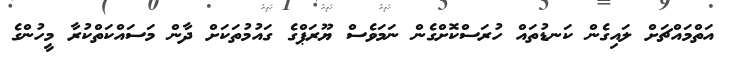
އަތްމައްޗަށް ލައިގެން ކަނޑުތައް ހުރަސްކޮށްގެން ނަމަވެސް ޔޫރަޕްގެ ގައުމުތަކަށް ދާން މަސައްކަތްކުރާ މީހުންގެ